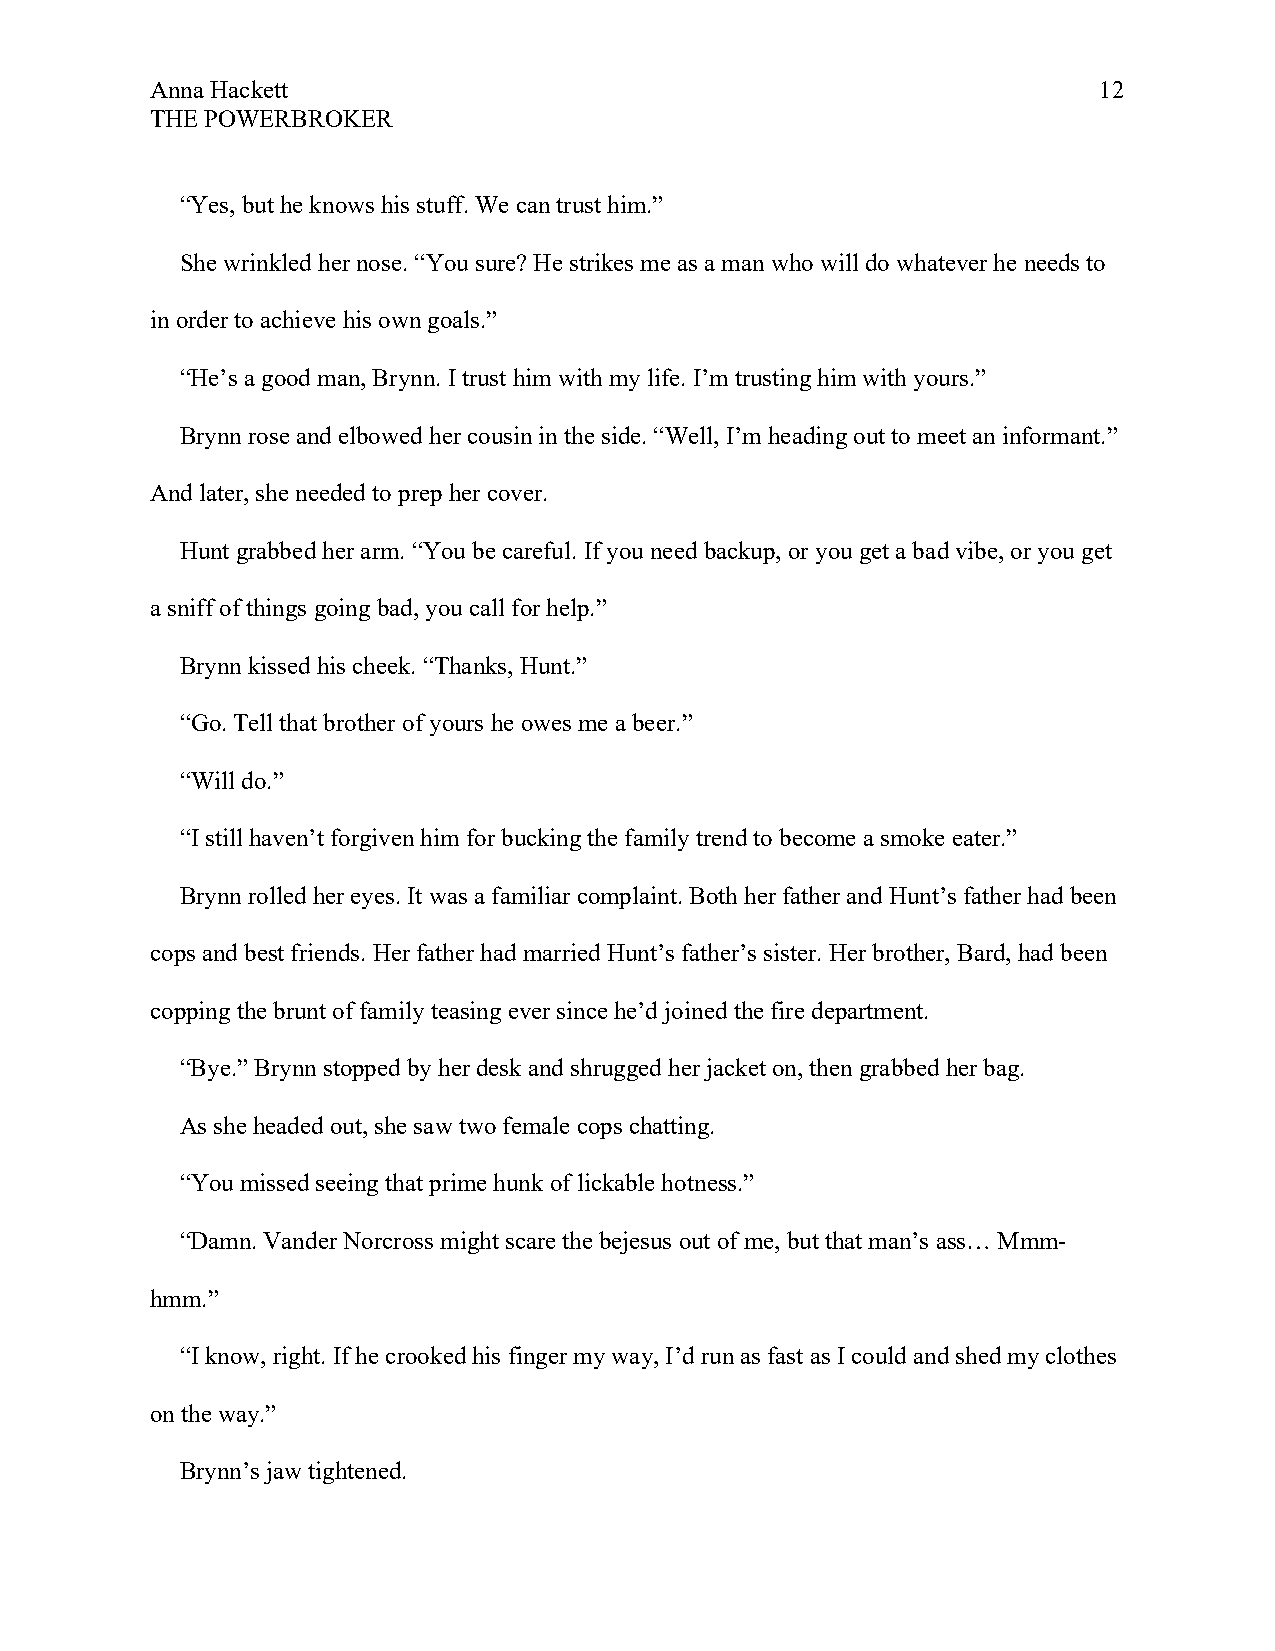
Anna Hackett                                                   12
 THE POWERBROKER
 “Yes, but he knows his stuff. We can trust him.”
 She wrinkled her nose. “You sure? He strikes me as a man who will do whatever he needs to
 in order to achieve his own goals.”
 “He’s a good man, Brynn. I trust him with my life. I’m trusting him with yours.”
 Brynn rose and elbowed her cousin in the side. “Well, I’m heading out to meet an informant.”
 And later, she needed to prep her cover.
 Hunt grabbed her arm. “You be careful. If you need backup, or you get a bad vibe, or you get
 a sniff of things going bad, you call for help.”
 Brynn kissed his cheek. “Thanks, Hunt.”
 “Go. Tell that brother of yours he owes me a beer.”
 “Will do.”
 “I still haven’t forgiven him for bucking the family trend to become a smoke eater.”
 Brynn rolled her eyes. It was a familiar complaint. Both her father and Hunt’s father had been
 cops and best friends. Her father had married Hunt’s father’s sister. Her brother, Bard, had been
 copping the brunt of family teasing ever since he’d joined the fire department.
 “Bye.” Brynn stopped by her desk and shrugged her jacket on, then grabbed her bag.
 As she headed out, she saw two female cops chatting.
 “You missed seeing that prime hunk of lickable hotness.”
 “Damn. Vander Norcross might scare the bejesus out of me, but that man’s ass… Mmm-
 hmm.”
 “I know, right. If he crooked his finger my way, I’d run as fast as I could and shed my clothes
 on the way.”
 Brynn’s jaw tightened.